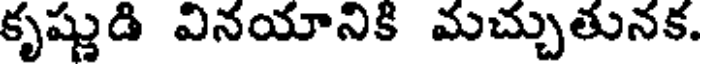
కృష్ణుడి వినయానికి మచ్చుతునక.